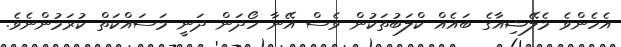
އެހެންވެ މެލޭޝިއާގެ ބައެއް ކްލަބުތަކުން ވެސް އޭނާ ހޯދަން ދަނީ މަސައްކަތް ކުރަމުންނެވެ.